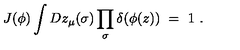
J ( \phi ) \int D z _ { \mu } ( \sigma ) \prod _ { \sigma } \delta ( \phi ( z ) ) \ = \ 1 \ .